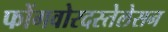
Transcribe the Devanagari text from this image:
फोंगवोरदस्तेलेसन